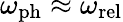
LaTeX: \omega_{\mathrm{ph}}\approx\omega_{\mathrm{rel}}